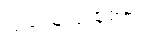
ပြည်သူလူထုအား